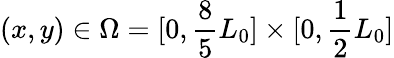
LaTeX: (x,y)\in\Omega=[0,\frac 85L_{0}]\times[0,\frac 12L_{0}]